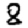
Digit: 8